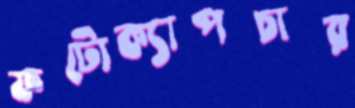
ফটোক্যাপচার